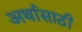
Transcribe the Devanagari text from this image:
अर्थासाठी